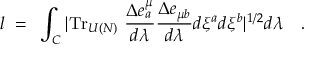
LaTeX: l ~ = ~ \int _ { \cal C } | \mathrm { T r } _ { U ( N ) } ~ { \frac { \Delta e _ { a } ^ { \mu } } { d \lambda } } { \frac { \Delta e _ { \mu b } } { d \lambda } } d \xi ^ { a } d \xi ^ { b } | ^ { 1 / 2 } d \lambda \quad .